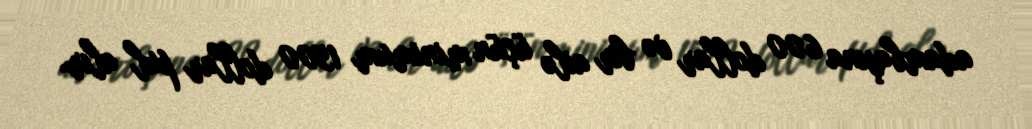
adambaşına 600 dollar və bir ailə üçün minimum 1500 dollar pul alır.